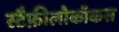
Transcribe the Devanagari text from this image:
स्टैफ़ीलोकॉकस